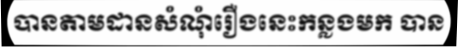
បានតាមដានសំណុំរឿងនេះកន្លងមក បាន